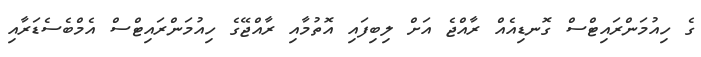
ގެ ހިއުމަންރައިޓްސް ގޮނޑިއެއް ރާއްޖެ އަށް ލިބިފައި އޮތުމާއި ރާއްޖޭގެ ހިއުމަންރައިޓްސް އެމްބެސެޑަރާއި